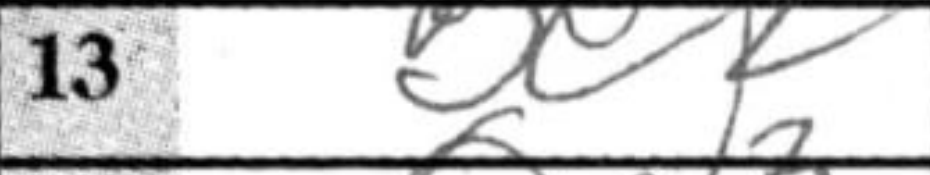
Transcription: Be2